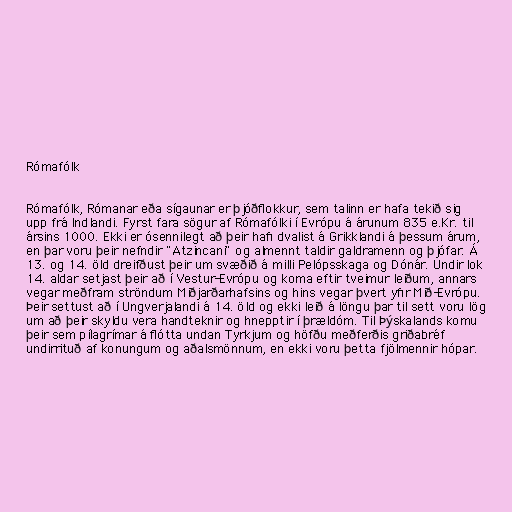
Rómafólk

Rómafólk, Rómanar eða sígaunar er þjóðflokkur, sem talinn er hafa tekið sig
upp frá Indlandi. Fyrst fara sögur af Rómafólki í Evrópu á árunum 835 e.Kr. til
ársins 1000. Ekki er ósennilegt að þeir hafi dvalist á Grikklandi á þessum árum,
en þar voru þeir nefndir "Atzincani" og almennt taldir galdramenn og þjófar. Á
13. og 14. öld dreifðust þeir um svæðið á milli Pelópsskaga og Dónár. Undir lok
14. aldar setjast þeir að í Vestur-Evrópu og koma eftir tveimur leiðum, annars
vegar meðfram ströndum Miðjarðarhafsins og hins vegar þvert yfir Mið-Evrópu.
Þeir settust að í Ungverjalandi á 14. öld og ekki leið á löngu þar til sett voru lög
um að þeir skyldu vera handteknir og hnepptir í þrældóm. Til Þýskalands komu
þeir sem pílagrímar á flótta undan Tyrkjum og höfðu meðferðis griðabréf
undirrituð af konungum og aðalsmönnum, en ekki voru þetta fjölmennir hópar.